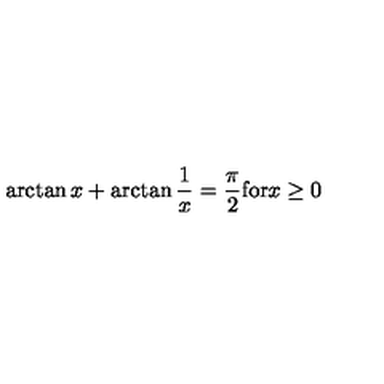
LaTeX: \arctan { x } + \arctan \frac { 1 } { x } = \frac { \pi } { 2 } \mathrm { f o r } x \ge 0